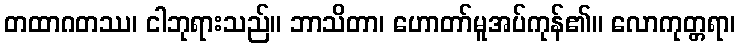
တထာဂတဿ၊ ငါဘုရားသည်။ ဘာသိတာ၊ ဟောတာ်မူအပ်ကုန်၏။ လောကုတ္တရာ၊